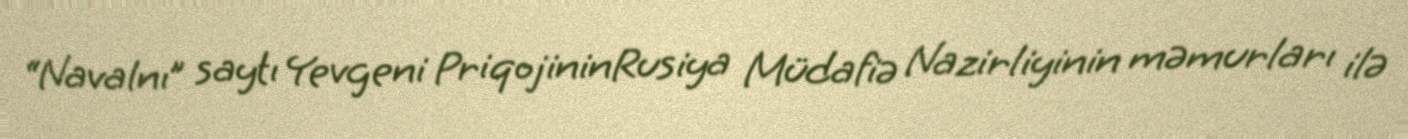
“Navalnı” saytı Yevgeni PriqojininRusiya Müdafiə Nazirliyinin məmurları ilə